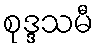
စုဒ္ဒသမီ